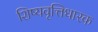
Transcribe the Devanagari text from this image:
शिष्यवृत्तिधारक